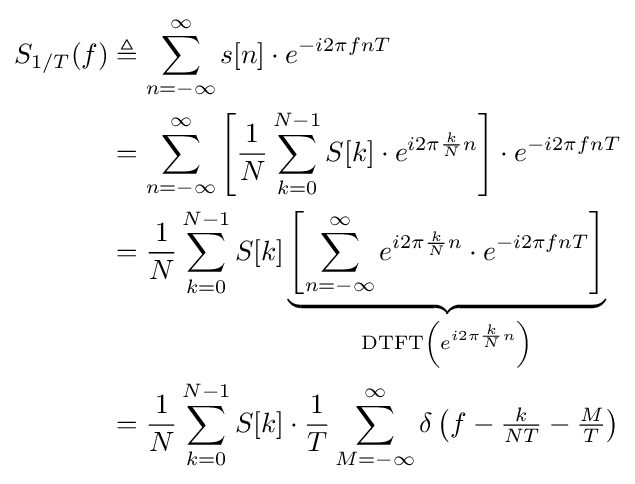
{\begin{aligned}S_{1/T}(f)&\triangleq \sum _{n=-\infty }^{\infty }s[n]\cdot e^{-i2\pi fnT}\\&=\sum _{n=-\infty }^{\infty }\left[{\frac {1}{N}}\sum _{k=0}^{N-1}S[k]\cdot e^{i2\pi {\frac {k}{N}}n}\right]\cdot e^{-i2\pi fnT}\\&={\frac {1}{N}}\sum _{k=0}^{N-1}S[k]\underbrace {\left[\sum _{n=-\infty }^{\infty }e^{i2\pi {\frac {k}{N}}n}\cdot e^{-i2\pi fnT}\right]} _{\operatorname {DTFT} \left(e^{i2\pi {\frac {k}{N}}n}\right)}\\&={\frac {1}{N}}\sum _{k=0}^{N-1}S[k]\cdot {\frac {1}{T}}\sum _{M=-\infty }^{\infty }\delta \left(f-{\tfrac {k}{NT}}-{\tfrac {M}{T}}\right)\end{aligned}}